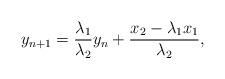
LaTeX: \begin{align*}y_{n+1}=\frac{\lambda_1}{\lambda_2}y_n+\frac{x_2-\lambda_1x_1}{\lambda_2},\end{align*}